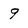
Character: 9